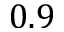
0 . 9